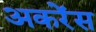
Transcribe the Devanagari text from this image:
अकरेंस